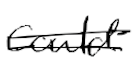
Text: could
Cross-out: double-line
Writing tool: digital_black